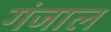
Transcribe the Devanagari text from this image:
गंजाल